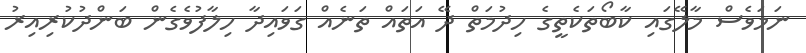
ނަމަވެސް މާލޭގައި ކާބޯތަކެތީގެ ހިދުމަތް ދޭ އަތައް ތަނެއް ގަވައިދާ ހިލާފުވެގެން ބަންދުކުރިއިރު